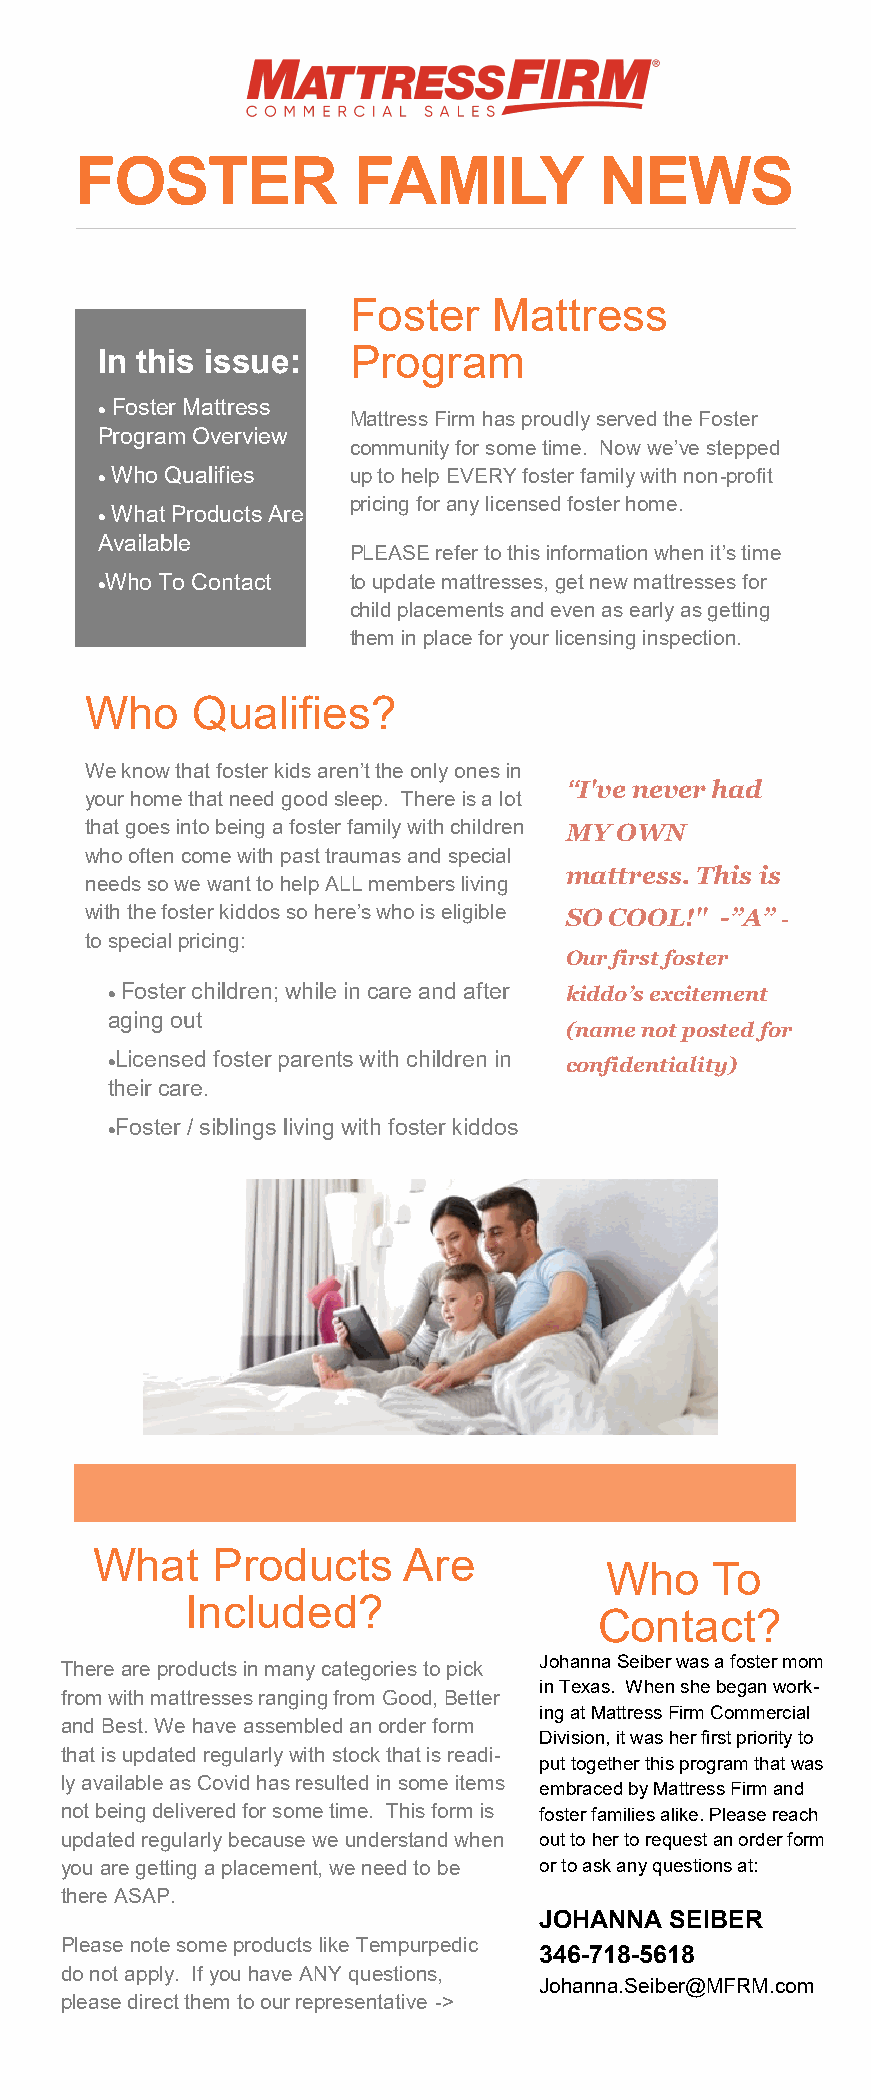
FOSTER            FAMILY           NEWS
 Foster    Mattress
 In this issue:   Program
 • Foster Mattress
 Mattress Firm has proudly served the Foster
 Program Overview
 community for some time. Now we’ve stepped
 • Who Qualifies  up to help EVERY foster family with non-profit
 pricing for any licensed foster home.
 • What Products Are
 Available
 PLEASE refer to this information when it’s time
 •Who To Contact  to update mattresses, get new mattresses for
 child placements and even as early as getting
 them in place for your licensing inspection.
 Who    Qualifies?
 We know that foster kids aren’t the only ones in
 “I've never had
 your home that need good sleep. There is a lot
 that goes into being a foster family with children MY OWN
 who often come with past traumas and special
 mattress. This is
 needs so we want to help ALL members living
 with the foster kiddos so here’s who is eligible SO COOL!" -”A” -
 to special pricing:
 Our first foster
 • Foster children; while in care and after kiddo’s excitement
 aging out
 (name not posted for
 •Licensed foster parents with children in
 confidentiality)
 their care.
 •Foster / siblings living with foster kiddos
 What    Products     Are
 Who    To
 Included?
 Contact?
 Johanna Seiber was a foster mom
 There are products in many categories to pick
 in Texas. When she began work-
 from with mattresses ranging from Good, Better
 ing at Mattress Firm Commercial
 and Best. We have assembled an order form
 Division, it was her first priority to
 that is updated regularly with stock that is readi-
 put together this program that was
 ly available as Covid has resulted in some items
 embraced by Mattress Firm and
 not being delivered for some time. This form is foster families alike. Please reach
 updated regularly because we understand when out to her to request an order form
 you are getting a placement, we need to be or to ask any questions at:
 there ASAP.
 JOHANNA SEIBER
 Please note some products like Tempurpedic
 346-718-5618
 do not apply. If you have ANY questions,
 Johanna.Seiber@MFRM.com
 please direct them to our representative ->